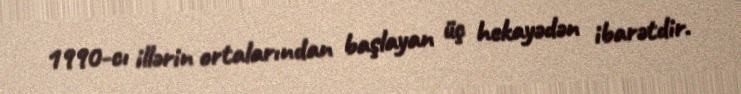
1990-cı illərin ortalarından başlayan üç hekayədən ibarətdir.